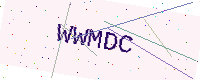
Text: WWMDC